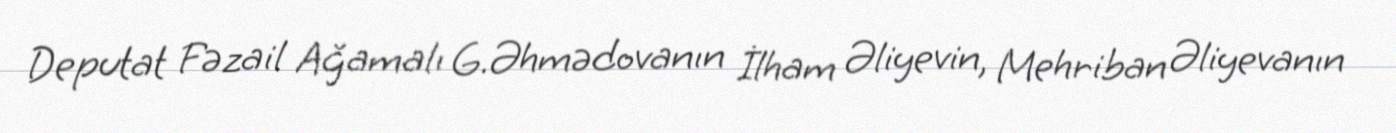
Deputat Fəzail Ağamalı G.Əhmədovanın İlham Əliyevin, Mehriban Əliyevanın